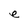
Character: e